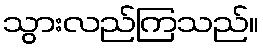
သွားလည်ကြသည်။